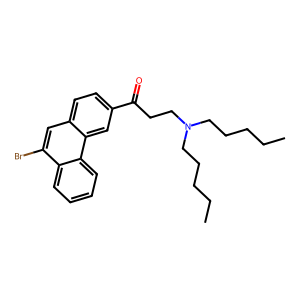
SMILES: CCCCCN(CCCCC)CCC(=O)c1ccc2cc(Br)c3ccccc3c2c1
Inhibits HIV replication: No